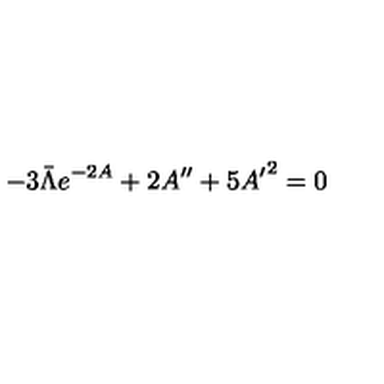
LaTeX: - 3 \bar { \Lambda } e ^ { - 2 A } + 2 A ^ { \prime \prime } + 5 { A ^ { \prime } } ^ { 2 } = 0